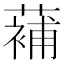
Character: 𮑱